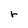
Character: r